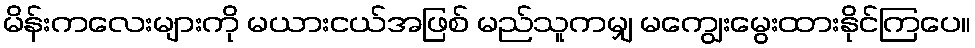
မိန်းကလေးများကို မယားငယ်အဖြစ် မည်သူကမျှ မကျွေးမွေးထားနိုင်ကြပေ။